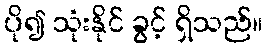
ပို၍ သုံးနိုင် ခွင့် ရှိသည်။